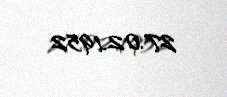
27.02.1952